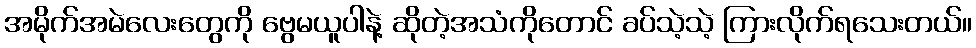
အမိုက်အမဲလေးတွေကို ဗွေမယူပါနဲ့ ဆိုတဲ့အသံကိုတောင် ခပ်သဲ့သဲ့ ကြားလိုက်ရသေးတယ်။